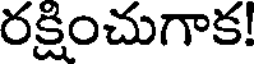
రక్షించుగాక!